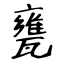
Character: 甕